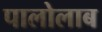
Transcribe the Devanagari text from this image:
पालोलाब